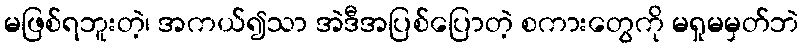
မဖြစ်ရဘူးတဲ့၊ အကယ်၍သာ အဲဒီအပြစ်ပြောတဲ့ စကားတွေကို မရှုမမှတ်ဘဲ